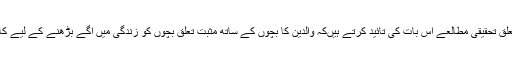
بچوں کی نفسیات سے متعلق تحقیقی مطالعے اس بات کی تائید کرتے ہیںکہ والدین کا بچوں کے ساتھ مثبت تعلق بچوں کو زندگی میں آگے بڑھنے کے لیے کافی مددگار ثابت ہوتا ہے۔